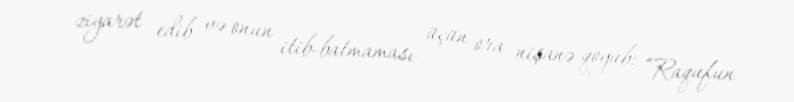
ziyarət edib və onun itib-batmaması üçün ora nişanə qoyub: “Raqufun